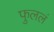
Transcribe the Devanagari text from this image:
फुललं